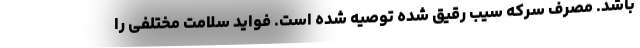
باشد. مصرف سرکه سیب رقیق شده توصیه شده است. فواید سلامت مختلفی را